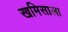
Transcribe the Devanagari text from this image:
खमिसाला